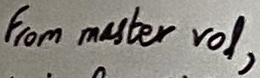
Text: From master vol,